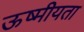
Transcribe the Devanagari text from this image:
ऊष्मीयता